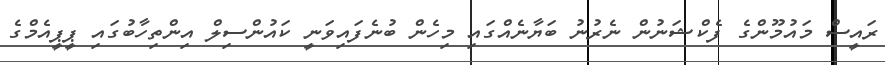
ރައީސް މައުމޫންގެ ފެކްޝަނުން ނެރުނު ބަޔާނެއްގައި މިހެން ބުނެފައިވަނީ ކައުންސިލް އިންތިހާބުގައި ޕީޕީއެމްގެ